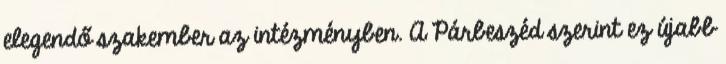
elegendő szakember az intézményben. A Párbeszéd szerint ez újabb